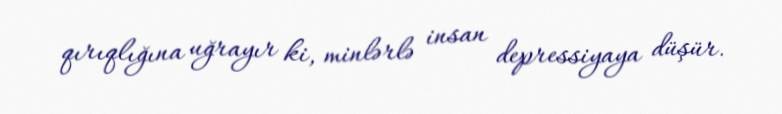
qırıqlığına uğrayır ki, minlərlə insan depressiyaya düşür.